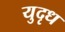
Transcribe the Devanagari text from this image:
युदृध